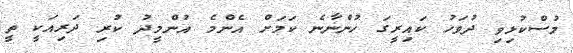
މުސްކުޅިވި ދުވަހު ކައިރީގަ ހުންނާނެ ކަމަށް އެންމެ އުންމީދު ކުރި ދަރިއަކީ ތީ